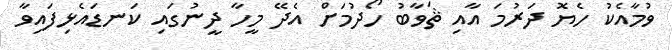
ވުމާއެކު ހެޔޮ ދަރުމަ އާއި ޘަވާބު ހޯދުމަށް އެދޭ މީހާ ދީނުގައި ކަނޑައެޅިފައިވާ